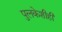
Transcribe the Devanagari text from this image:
पुलकेशीही